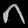
Digit: ၈